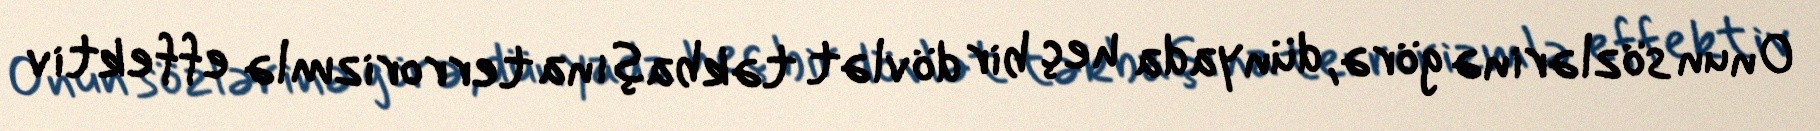
Onun sözlərinə görə, dünyada heç bir dövlət təkbaşına terrorizmlə effektiv